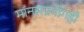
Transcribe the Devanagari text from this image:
मानसप्रयोगही